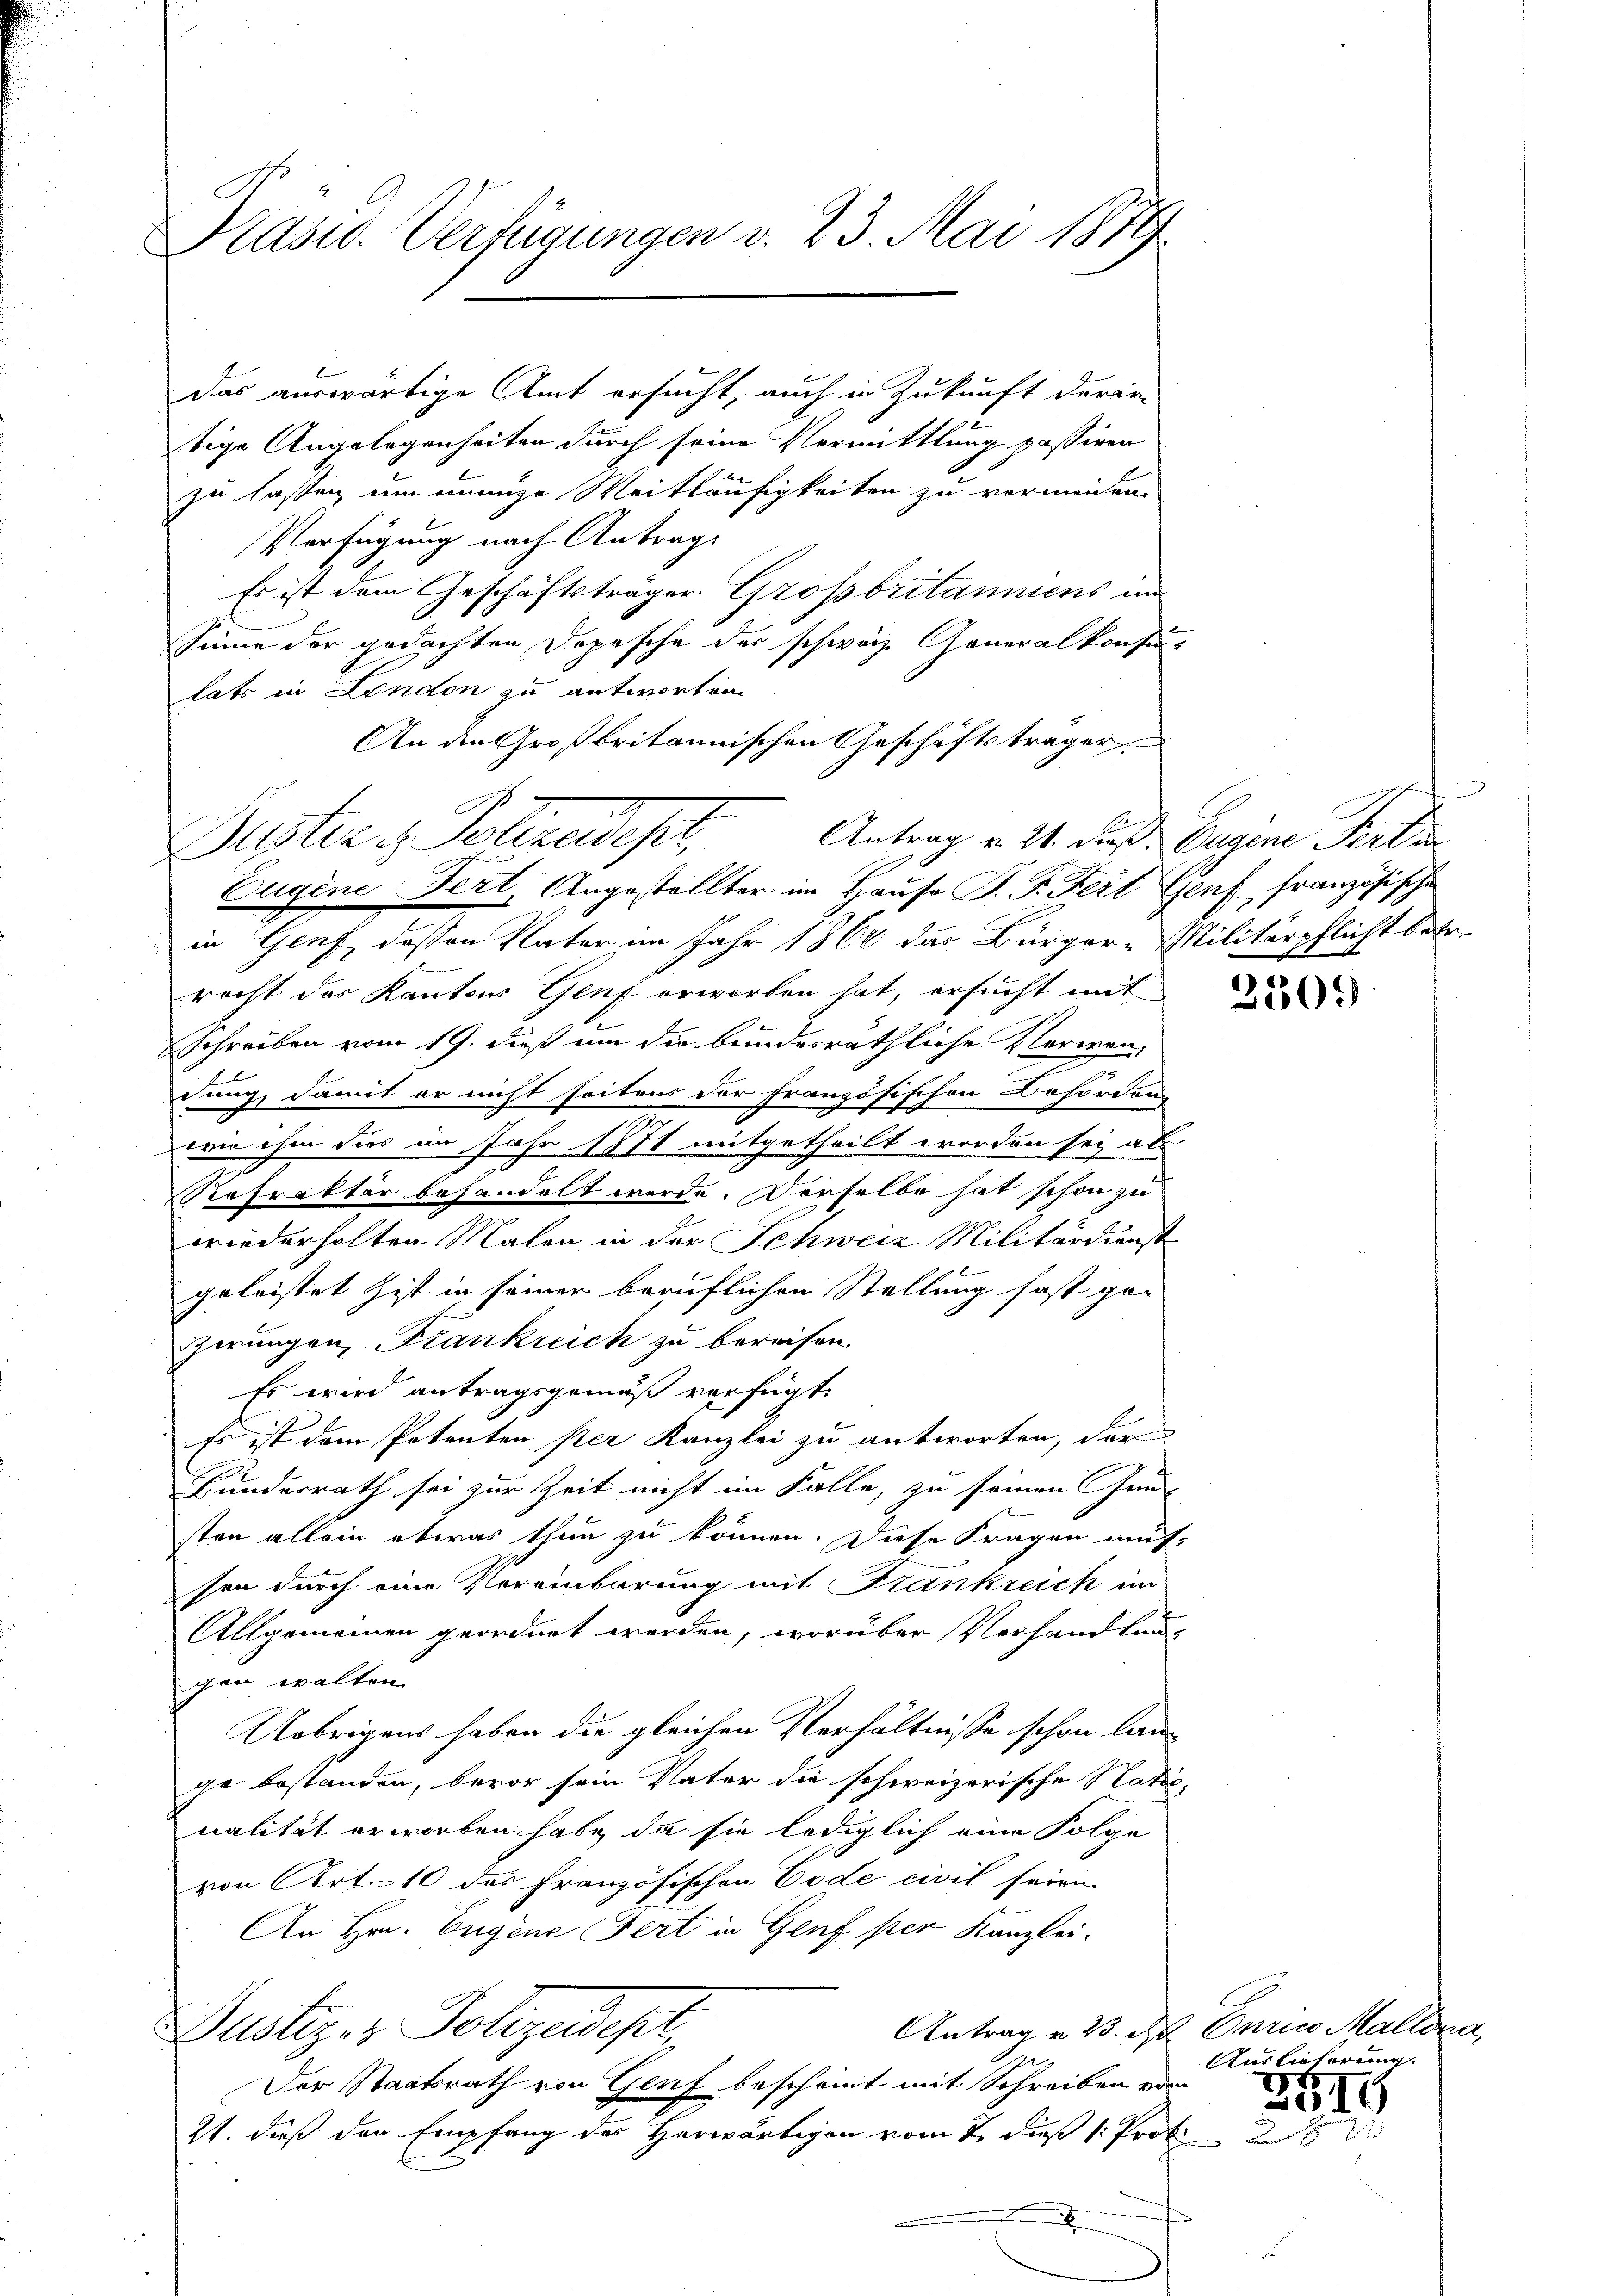
Präsid. Verfügungen v. 23. Mai 1879

das auswärtige Amt ersucht, auch in Zukunft darin
u
tige Angelegenheiten durch seine Vermittlung passiren
zu lassen um einige Weitläufigkeiten zu vermeiden.
Verfügung nach Antrags
Es ist dem Geschäftsträger Großbritanniens im
sinne der gedachten Dopesche der schweiz. Generalkonsu-
lats in London zu antworten
An den Großbritannischen Geschäftsträger

Antrag v. 21. dieß. Eugene Ferti
Bestire Polizeider,
Eugene Fert, Angestellter im Hauso P. F. Fert Genf französische

¬

in Genf dessen Vater im Jahr 1860 das Bürgere Militärpflicht betr.
recht des Kantons Genf erworben hat, ersucht mit
schreiben vom 19. dieß um die bundesräthliche Klerien,
dung, damit er nicht seitens der französischen Behördung
wie ihm dies an Jahr 1871 mitgetheilt worden sey als
Refrakter behandelt werde. Derselbe hat schon zu
wiederholten Malen in der Schweiz Militärdienst
geleistet ist in seiner beruflichen Stellung fast ge
gerungen, Frankreich zu bereifen.
Es wird antragsgemäß verfügt,
Es ist dem Petenten per Kanzlei zu antworten, der
g
Bundesrath sei zur Zeit nicht im Falle, zu seinen Gun-
sten allein etwas thun zu können. Diese Fragen auf-
sen durch eine Vereinbarung mit Frankreich im
Allgemeinen geordnet werden, worüber Verhandlungen walten.
Uebrigens haben die gleichen Verhältnisse schon lange bestanden, bevor sein Vater die schweizerische Natio,
nalität erworben habe, da sie lediglich eine Polge
von Art. 10 des Französischen Code civil seien
Ar Hrn. Eugene Fert in Genf per Kanzlei-
Antrag u. 23. d. Curico Mallora
Justiz- & Polizendest,
Der Staatsrath von Genf bescheint mit Schreiben vom
21. dieß der Empfang des Horwärtigen vom 2. dieß 1: Prof.

2309

Auslieferung.

287
2